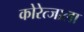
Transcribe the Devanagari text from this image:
कोरेत्जाला